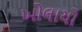
ખોલાયો